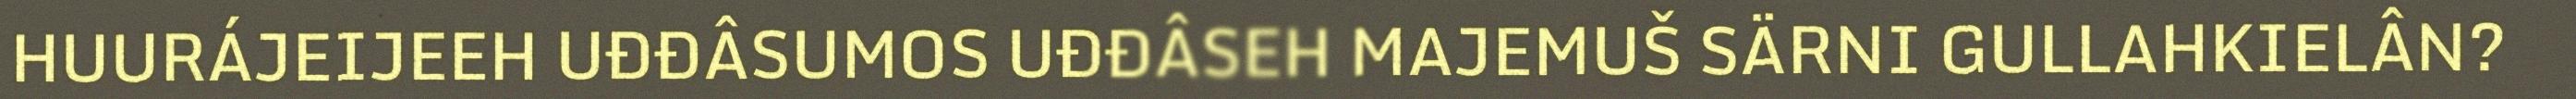
HUURÁJEIJEEH UĐĐÂSUMOS UĐĐÂSEH MAJEMUŠ SÄRNI GULLAHKIELÂN?